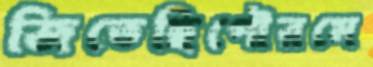
জিতেছিপৌরমে